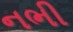
નભી